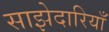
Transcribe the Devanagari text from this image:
साझेदारियाँ